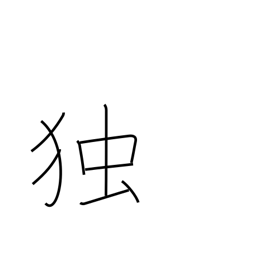
Meaning: single